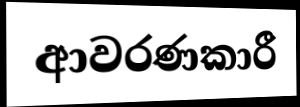
ආවරණකාරී